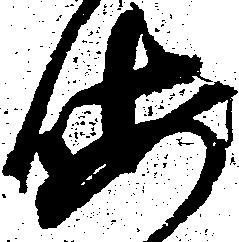
晦